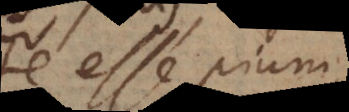
te esse pium,